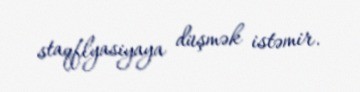
staqflyasiyaya düşmək istəmir.